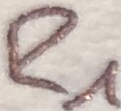
Text: R1